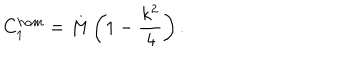
LaTeX: C _ { 1 } ^ { h o m } = M \left( 1 - \frac { k ^ { 2 } } { 4 } \right) .